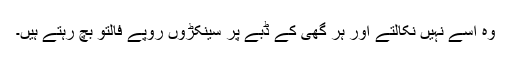
وہ اسے نہیں نکالتے اور ہر گھی کے ڈبے پر سینکڑوں روپے فالتو بچ رہتے ہیں۔